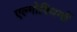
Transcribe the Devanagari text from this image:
एल्गोरिथमों